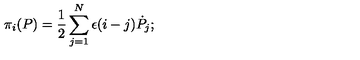
\pi _ { i } ( P ) = { \frac { 1 } { 2 } } \sum _ { j = 1 } ^ { N } \epsilon ( i - j ) { \dot { P } } _ { j } ;